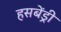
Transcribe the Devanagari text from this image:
हसबेंड्री